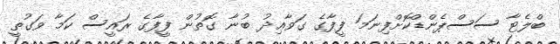
ބްލެޓާ ސަސްޕެންޑްކޮށްފިނަމަ ފީފާގެ ގަވާޢިދު ބުނާ ގޮތުން ފީފާގެ ރައީސް ކަމާ ވަގުތީ